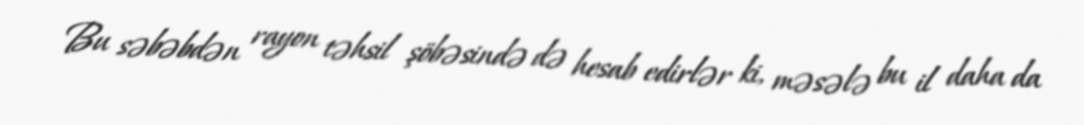
Bu səbəbdən rayon təhsil şöbəsində də hesab edirlər ki, məsələ bu il daha da